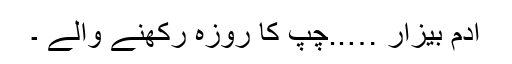
آدم بیزار …..چپ کا روزہ رکھنے والے ۔